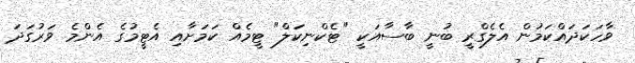
ވާހަކަދައްކަމުން އެލެގްރީ ބުނީ ބާސާއަކީ "ޓެކްނިކަލް" ޓީމެއް ކަމަށާއި އެޓީމުގެ އެންމެ ވަރުގަދަ